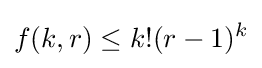
f(k,r)\leq k!(r-1)^{k}